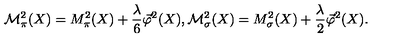
{ \cal M } _ { \pi } ^ { 2 } ( X ) = M _ { \pi } ^ { 2 } ( X ) + \frac { \lambda } { 6 } \vec { \varphi } ^ { 2 } ( X ) , { \cal M } _ { \sigma } ^ { 2 } ( X ) = M _ { \sigma } ^ { 2 } ( X ) + \frac { \lambda } { 2 } \vec { \varphi } ^ { 2 } ( X ) .